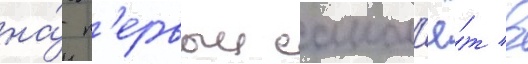
на́ п'ервыи самол'ё́т в